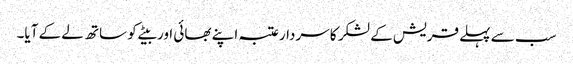
سب سے پہلے قریش کے لشکر کا سردارعتبہ اپنے بھائی اور بیٹے کو ساتھ لے کے آیا۔